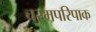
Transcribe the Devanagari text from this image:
चरमपरिपाक